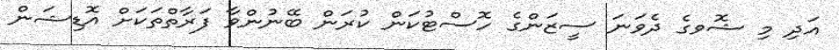
އަދި މި ޝޮވގެ ދެވަނަ ސީޒަންގެ ހޮސްޓުކަން ކުރަން ބޭނުންވާ ފަރާތްތަކަށް އޮޑިޝަން